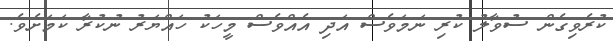
ކުރެވިގެން ސުވާލު ކުރި ނަމަވެސް އަދި އެއްވެސް މީހަކު ހައްޔަރު ނުކުރާ ކަމަށެވެ.